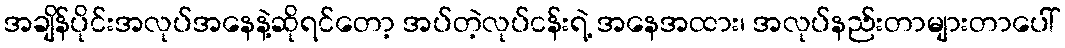
အချိန်ပိုင်းအလုပ်အနေနဲ့ဆိုရင်တော့ အပ်တဲ့လုပ်ငန်းရဲ့ အနေအထား၊ အလုပ်နည်းတာများတာပေါ်